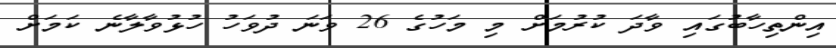
އިންތިހާބުގައި ވާދަ ކުރުމަށް މި މަހުގެ 26 ވަނަ ދުވަހު ހުޅުވާލާނެ ކަމަށް